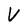
Character: V